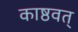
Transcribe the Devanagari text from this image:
काष्ठवत्